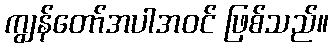
ကျွန်တော်အပါအဝင် ဖြစ်သည်။